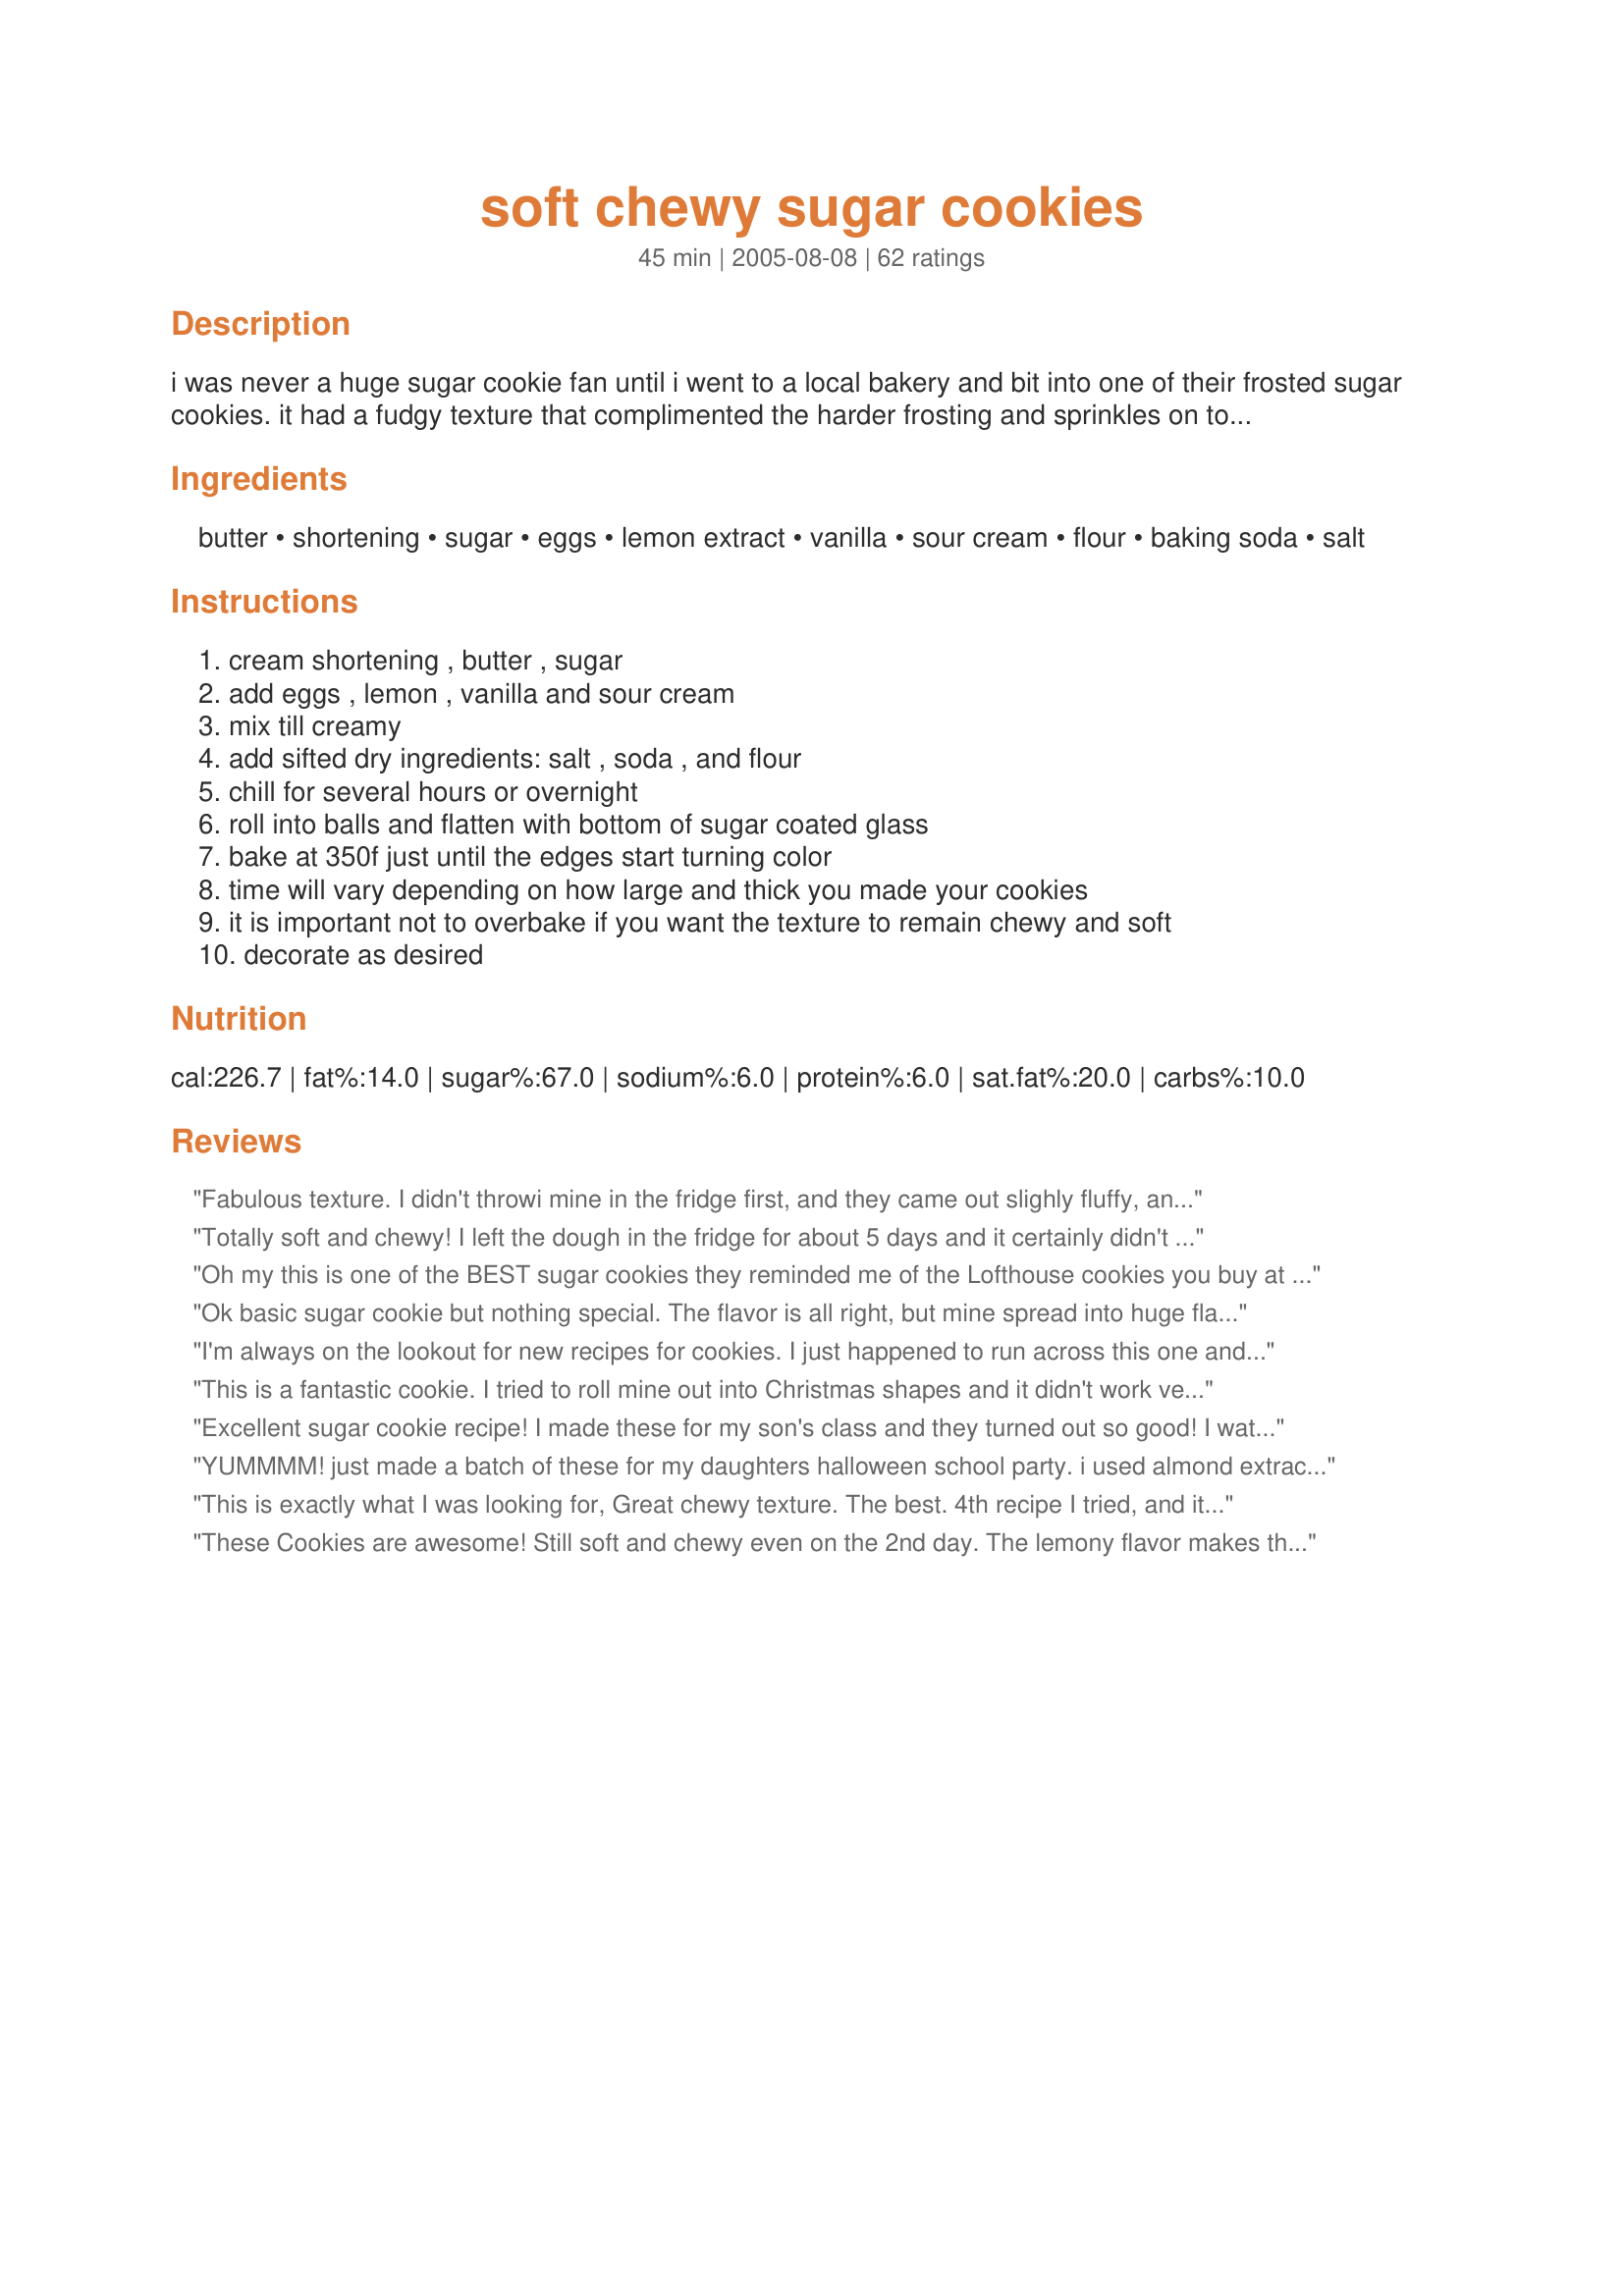
soft chewy sugar cookies
Preparation time: 45 minutes

i was never a huge sugar cookie fan until i went to a local bakery and bit into one of their frosted sugar cookies. it had a fudgy texture that complimented the harder frosting and sprinkles on top. so good! i've been on a hunt for such a cookie since. i haven't found the frosting yet, but here's a great cookie that delivers on texture and taste!

Ingredients:
butter, shortening, sugar, eggs, lemon extract, vanilla, sour cream, flour, baking soda, salt

Steps:
cream shortening , butter , sugar, add eggs , lemon , vanilla and sour cream, mix till creamy, add sifted dry ingredients: salt , soda , and flour, chill for several hours or overnight, roll into balls and flatten with bottom of sugar coated glass, bake at 350f just until the edges start turning color, time will vary depending on how large and thick you made your cookies, it is important not to overbake if you want the texture to remain chewy and soft, decorate as desired

Reviews:
Fabulous texture. I didn't throwi mine in the fridge first, and they came out slighly fluffy, and wonderful. They won't need frosting, but I'll frost them anyway. Thank you for sharing this recipe!
Totally soft and chewy! I left the dough in the fridge for about 5 days and it certainly didn't negatively affect anything! I also didn't use lemon extract, only 2 tsp vanilla. These are pure heaven and really don't need frosting! Thank you for sharing Mom4Life!
Oh my this is one of the BEST sugar cookies they reminded me of the Lofthouse cookies you buy at the store.... This is will be the recipe i will be using from now on.... I also used 2 tsp vanilla.... Thanks soooo much for posting
Ok basic sugar cookie but nothing special. The flavor is all right, but mine spread into huge flat disks and were crisp. I baked them for 10-12 minutes. When I tried baking some for a shorter time, they ended up doughy. I even added 1/2 cup of extra flour to compensate for the altitude here. I wasn't impressed with this recipe.
I'm always on the lookout for new recipes for cookies. I just happened to run across this one and since I had everything on hand I threw a batch together. I sprinkled them with vanilla sugar, which completely eliminated any need for frosting and they are WONDERFUL! I stored them in a tin and they only got better with age...thank you so much for a great new recipe!!
This is a fantastic cookie. I tried to roll mine out into Christmas shapes and it didn't work very well. I will stick to rolling them into balls and lightly flattening them with the glass. Maybe more flour would help for the rolled out kind?! My husband said, "these are to die for."
Loved the lemon taste.
Excellent sugar cookie recipe! I made these for my son's class and they turned out so good! I watched them closely in the oven to make sure they didn't get overdone (7 minutes was perfect!) and was so pleased with the texture. I LOVE chewy sugar cookies. I frosted with a recipe from Family Fun magazine that was posted. Thanks!
YUMMMM! just made a batch of these for my daughters halloween school party. i used almond extract instead of lemon, wasn't in the mood for a lemon cookie. tried making candy corn shapes but the dough was very soft and didn't hold the shape in the oven. turned out kind of like blobby triangles. guess it's not the kind of dough to roll out cookies, maybe i should have followed the directions lol.. but the taste and texture of these cookies is fantastic! this is definitely a keeper and i'll be adding it to my xmas cookie tray :) almost forgot - i didn't have the time to put them in the fridge, not sure if that would have mattered. and no need for frosting, very yummy as they are!
This is exactly what I was looking for, Great chewy texture. The best. 4th recipe I tried, and it was fabulous. I don't recommend sifting the dry ingredients though.
These Cookies are awesome! Still soft and chewy even on the 2nd day. The lemony flavor makes them delicious even without the frosting. I will be making these again. Thank you.
this is the best sugar cookies i have ever made. so easy but yet so yummy.
Oh honey! You do NOT have enough ratings, This is by FAR the best recipe I have ever had for sugar cookies! With one batch I did the lemon extract, the other I did almond.. My mom LOVED both! My family has used the same recipe for 23 years and I don't think we will EVER replace this one! No one wanted to make the old ones! They were perfectly soft, chewy and had an awsome flavor. If you read this review, you have to try the recipe. It's a jem!
So soft and chewy! The sour cream was an interesting ingredient that I think makes these cookies different from all the rest. I even used these cookies to sandwich melted marshmallow and chocolate to make unique and incredibly tasty smores!
pretty good! a bit floury tasting and lightly sweet, i can see how it would be just like a lofthouse cookie with some good frosting!! Also, i omitted the sour cream and lemon extract, and i used 1/2 cup butter 1/2 cup veggie oil, still came out like soft chewy spongy sugar cookies. I love the pillowy spongy texture of these cookie! cant wait to try it with some killer frosting! I cooked these about 8 min so they would stay soft when they cooled.
The flavor of these cookies is awesome. But I don't know why mine didn't come out chewy. Instead, they are cake like. Still delish though.
Great soft and chewy sugar cookies. I had no problems with these. Made exactly to recipe. I will admit the lemon through me a bit. Everyone liked them, but I kept thinking "is the lemon to weird? is it just me? they're for Christmas, it's just wrong" lol! So next time I think I'll use 1 tsp almond in it's stead, or make 1/2 and 1/2 since they went over so well as they were. Best sugar cookie recipe I have yet to try and is a definate keeper.
These are pretty darn good! The texture is great, as described - soft and a bit chewy. I didn't particularly care for the lemon, so I think I may just add more vanilla next time. Great recipe!
Yum. I have tried other sugar cookie recipes and often times the 'almondy' taste is too strong for me. Nothing in this cookie will compete with the 17 variations of topping I like to experiment with. This was a perfectly semi-fluffy, sweet sugar cookie, made for fun frosting. Just they way they should be, IMO. Thanks, this will be my new recipe!
These are perfect! We are snowed in here and wanted to bake something to make the house smell nice and festive. Luckily, we had all these ingredients on hand! I love the use of lemon extract and sour cream -they give the cookie a really wonderful, complex flavor. We were too lazy to decorate, so we just dusted them with some powdered sugar and a touch of cinnamon. mmmm. thanks!
Kids wanted to make a sugar cookie to sell at their lemonade stand. Since it has lots of ratings, we picked this. My DD made it and I can't even tell you how many minutes, definitely more than 10. I found they stuck to the sheet, so I would suggest using parch. paper (I usu. do!) My DH came home and ate 4 straightaway! LOL The lemon is a great addition.
A great sugar cookie recipe. Nice flavour, texture and especially nice with frosting.
best sugar cookies ever! love the recipe it worked great! i altered the recipe to make it vegan because my mom is, and they ended up just as good!
Yeah! I finally found the kind of sugar cookies I was looking for! These turned out delicious! I was originally going to make frosting for them, but I liked them just as they are. I substituted almond extract for lemon because I love the almond flavor. I used about 1/4 c. of dough for each cookie (2 #40 cookie scoops) and they took about 10 minutes to bake. I will probably just do one #40 scoop (2 tbsp) next time though as these spread more than I thought they would. I left the cookies out on the counter on the cookie sheet all night because I was lazy and they were still soft the next day! Thank you so much, I'm sure I'll be making them again soon!
Good sugar cookie!!! Turned out just as stated soft and chewy. Changes made is we used all butter, no shortening and switched lemon extract for maple. Baked for 7 minutes. Great with frosting #201364.
Yum! While I am still on the hunt for the loft house recipe :) this one is my new favorite. Lots of flavor and very chewy. I would love one that I can roll out, I don't think this one would work but I might just have to give it a try next time.
Those cookies are incredible! I think the sour cream makes all the difference. A great recipe for people who like chewy!
We made these into snowmen cookies for Santa this year-it was definetely a hit with him-and everyone else too! Thank you for sharing this. I have never liked crisp sugar cookies, and I don't even think my kids cared that we didn't cut out the cookies since we made snowmen with mini choc. chips. Yum!
These were so good I wrote a haiku to describe their excellence:

Pillowy softness
Rich, delicate, and quite sweet.
No need for icing!

Need I mention that I will be sticking with these bad boys for all my sugar cookie needs?
Nothing but raves from my family on these. Easy to make and they're even good without icing.... but I added buttercream icing to mine. The last few were still soft after 5 days (hard to believe they lasted that long...). I'll definitely make these again.
My DH has been looking for these cookies for so long. I wasn't really sure I knew what, exactly, he meant - but I found your recipe and thought it sounded close...
He is thrilled! Thank you so much. Also, DS and I had a blast painting them!
These are SO good. I followed the recipe exactly, except I substituted almond for vanilla. Delicious!!!
Definitely using this sugar cookie recipe from now on! I used it for a fruit pizza and it is amazing. I frosted it with a frosting made of fat free cream cheese, lemon extract, and sugar. Sooo good!
I love these cookies! They are so simple and so good! I did double the vanilla and omitted the lemon extract because I didn't have any. I chilled the dough overnight. It was still a little sticky but I was able to work with it fine. I took the suggestions of other reviewers and didn't flatten the cookies. I rolled the entire balls in granulated sugar before placing on the cookie sheet. I baked mine for about 7 minutes. I got a total of 54 cookies. I didn't frost them this time because they are so good just on their own. But frosting would make them even more delicious. I will use this wonderful recipe a lot.
Awesome recipe! I was looking for a sugar cookie like you get at the mall-one with some substance and that you don't have to roll. this was perfect. i followed the instructions exactly and the cookies came out great. chewy and delicious!
Can less than 1 star? I followed this recipe exactly as written, double checking myself to make sure I hadn't miscalculated. Once in the oven, the cookies, quite literally, melted. It turned into a thin sheet cookie, since it was basically cookie soup on the sheet while baking. This also meant that the edges burned, while trying to get the center cooked. I've used recipes on this site many times, never found one so unlike its reviews. Thumbs down.
No question...5 stars all the way. These went together very quickly and were heavenly unfrosted and over the top with just a little powdered sugar icing on top. I can't keep these in the house because I'll eat them all. Even left out overnight, without being covered, these cookies were still soft and chewy. I've found my new sugar cookie recipe!
This will become my standard sugar cookie recipe. They are wonderfully soft and the lemon extract keeps the cookies from becoming bland. I'm glad I tried them!!!
I love this sugar cookie recipe! My father loves sugar cookies and I have been looking for that perfect sugar cookie. The only changes I made were that I didn&#039;t dust the tops with sugar, used just a few drops of lemon essential oil, and I only used butter. Don&#039;t be afraid of the lemon, it is such a great addition, and adds such a great twist on the original sugar cookie.
These are chewy & delicious cookies! The only thing I changed was using a little less lemon, & a little more vanilla. I refrigerated the dough overnight, & they baked up perfectly the next day. I have found these kind of cookies turn out best on the AirBake cookie pans. Thank you for posting this recipe.
I'm not a fan of crisp sugar cookies, I'm not a big fan of sugar cookies period, but I have been using this as my standard Sugar Cookie recipe. I don't recall seeing anyone else having this problem, but even after being refrigerated for a full 24 hours, my dough was very sticky! This was surprising since it has 4 cups of flour, so I assumed there was just too much liquid. I've made a few of my own adjustments and have been pretty happy with my version. I use more butter, less shortening, sugar and brown sugar, just 1 egg and 1 egg yolk, and only 4 T. of sour cream. I also do vanilla and almond extract, but if I have fresh lemons, I will throw in a teaspoon of juice as well. Mine bake up perfectly in about 12 minutes, and I top them with a Fresh Strawberry Glaze.
I was so happy with this recipe! I have been trying different sugar cookie recipes forever, trying to duplicate the chewy sugar cookies from a little store near my house. For me, I think the secret ingredients I had been missing was the sour cream and the lemon extract. Amazing results!
What a great sugar cookie recipe! Everytime I make sugar cookies, they cool and turn crunchy, and I hate it when that happens. This recipe of yours was so yummy, my whole family loved them and kids love them too. I followed the directions, but I needed to have cat shaped cookies, so when i flatened them with the glass, i used a knife to cut the top so ears were formed, and success, everyone at school loved them. I love chewy and soft sugar cookies, and this recipe Is what I will use for now on. Thanks!
I have found my Holy Grail of sugar cookie recipes...soft and chewy and perfect as described! Mine were done at 10 minutes. I also used Recipe #156400 and oh what a match! I LOVE these!
These were amazing!!!! I cut the recipe in half (I always do that with new recipes) but I wish I hadn't! I used only 1 egg and a little extra sour cream. I didn't use any shortening, just 1/2 cup of butter. I like them thick, so they took 8-9 minutes to bake. They were soft and yummy. They look like store bought but taste home made. Thank you for this great recipe!
Fantastic texture and flavor. If cutting out into shapes, choose large, uncomplicated shapes as these cookies puff slightly. Thanks for the great recipe, Mom4Life.
I made these for DH as he loves anything lemon and these were no exception. He loves them! I got exactly 4 dozen using my cookie scoop. Except for using all butter, I followed the recipe. These were a little tempermental for me though...I undercooked the first batch and they fell after taking them from the oven. The next batch, I didn't flatten and baked them for 13 minutes. These came out perfectly soft and puffy, as did the rest of the cookies. Thank you for posting DH's new favorite cookie.
These remind me of the cookies they used to sell in my High School cafeteria, though not exactly the same they're just as good! The best i've ever tried, and so easy to make...even without chilling time they taste fantastic!!
This has become one of my most favorite sugar cookie recipes. Very soft and chewy, and great with milk! Yummy! =)
Very good recipe. Great taste and texture all though I found that when I flattened them with a cup they turned out too flat. So I dunked the top of the balls in sugar and let them flatten out themselves. They turned out much better that way. Thanks for the recipe!
I made these after the first snow this year to get into the winter spirit. I took some to my work, and my boyfriends work, and everyone loved them! I thought they were absolutely fantastic, soft and chewy - just like Loft House Cookies you can buy at Christmas time, and the ones from the bakery.

:)
I have to admit being won over by all the rave reviews - I broke the cardinal rule that says never make anything new for something special with out trying it first. I love sugar cookies so I really thought given all the "oohs" and "ahhs" that these would be great. They weren't awful, just o.k. -- and I will tell you why. Yes, I used all butter after reading some others suggestions. That was fine. But using all vanilla as many people said was not a problem, made the cookies taste a little "flat" like they were missing something.I think Lemon extract would have been better. Parchement paper is a good idea. I didn't have any, so I sprayed my trays with some cooking spray which helped, but every batch or two I would have to scraped off the crumbs and spray again. As several people said, you don't have to flatten the cookies. Just roll into balls and roll in sugar. Given the fact that I thought they tasted like they were missing something, I would have used cinnamon sugar after the first batch, but I didn't have any cinnamon! (who doesn't have cinnamon in ther pantry?) That may have helped. Or if you do use all vanilla, frosting the cookies probably would help too, but I didn't want mine frosted. Baking them took a couple of batches to get. 10 or 11 minutes once the first tray heated my already pre heated oven up real good. I would say take them out when there is a definite color ring around the base. You get a bite of crisp and then the softer indide too. Taking them out when you can JUST see a change of color at the base is too soon I think. But in the end it is all up to you and your oven. My husband liked them, but even my daughter thought that they wern't anything special in taste, but they were soft and chewy. Glad I didn't double the batch like I was tempted to do.
they tourned out to be sponge cookies instead of chewy, i don't know what i made wrong with directions...
these were okay. I followed the directions exactly (ommitting the lemon for more vanilla) and they came out very cakey. Not chewy at all. They also seemed a little bland, which I was suprised me because the ingredients seemed so promising. I'm not sure if I did something wrong, but with everyone elses good reviews perhaps I will try them again sometime.
These sugar cookies are the best sugar cookies I have ever made, Just like the title says, they are very soft and chewy! I used Recipe #156400 for the icing and it was a match made in heaven!! This was a great addition on our xmas tray! Thank you very much for this keeper recipe Mom4life, I don't think I'll ever make another sugar cookie recipe again!
These were very good cookies. I was surprised Mom4Life didn't offer an oven time, but after making them and THEN reading reviews, I can see why. Lots of variation! In my convection oven, they took about 11-12 minutes and yielded 46 cookies (and I ate a lot of raw cookie dough!) May I recommend Junebug's Sugar Cookie Icing (#64015) as a supplemental topping? A winning combination. Thanks, Mom!
Ok we absolutely love these cookies from the store so I decided to make up the dough tonight so I could bake them tomorrow. I can already tell that the cookies will be gone in less then a couple days as when my family got home they all decided to try the cookie dough and loved it! I will be making these over and over again! Will let you know how they turn out too :D
I've been looking for a soft, puffy sugar cookie like the archway cookies I used to get at the grocery store. This seems to fit the bill however, they are very lemony. Next time I will eliminate the lemon extract.

I made 1/3 of the recipe and made rounded tablespoon size cookies. It made 16 cookies or 113.5 calories each. I chilled the dough overnight and did NOT flatten them. I did roll them in sugar before baking.
I cant tahnk u enough for this recipe, i tried and tried to make a perfect chewy not too sweet sugar cookies but they're all didnt reach my expectation and i found your recipe and it was perfect! I love it!
Pretty simple recipe, so I dont really think I made any mistakes.... I just was not pleased with these cookies. The first batch I baked for 7 minutes and they were too doughy. The second batch i baked for about 9 and they came out not at all chewy or soft, they were more caky. I will say that I didnt frost these cookies...so maybe they just needed some icing to be as good as most of the other reviewers have said they were.
These are delicious! I thought the lemon extract would add too much lemon, but it is just enough to make you think...mmm, what is that? They are soft, and in my opinion, just the way a sugar cookie should be. Thanks!
I made these to use up my last bit of shortening. I used a vegetarian trans fat free version that cooks very well from Whole Foods. I also used two tsp of vanilla. These cookies were fantastic. I only let it chill for about 2 hours because my kids were jonesing for a cookie! I will make these again!
Very good! Nice and chewy, and a big hit with my family! Only next time, I think I will take another reviewer's suggestions and change the lemon extract to an extra tsp of vanilla--just a personal preference. *A note for everyone, make sure you don't overbake these-if they are starting to turn a little golden around the edges but are still very soft (seems like they'll fall apart) that is the perfect time. As they cool, they will become chewy and less fall apartish. Thanks for the great recipe!
